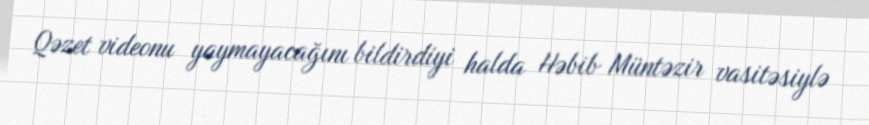
Qəzet videonu yaymayacağını bildirdiyi halda Həbib Müntəzir vasitəsiylə